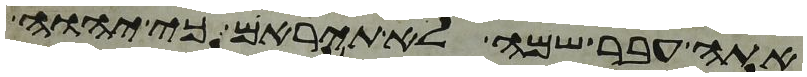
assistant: אתה עבר שמה לא תיראם כי יהוה